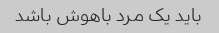
باید یک مرد باهوش باشد